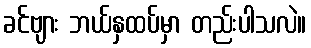
ခင်ဗျား ဘယ်နှထပ်မှာ တည်းပါသလဲ။